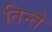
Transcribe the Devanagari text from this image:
तिन्ते